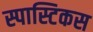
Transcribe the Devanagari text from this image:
स्पास्टिकस